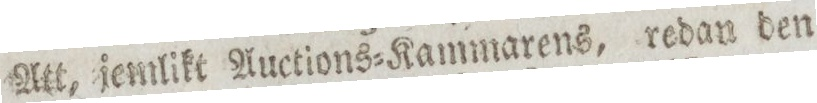
Att, jemlikt Auctions=Kammarens, redan den